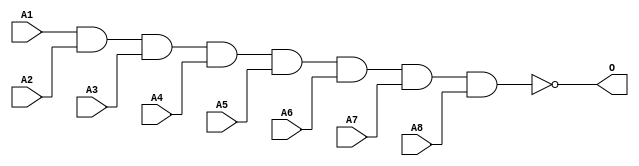
module MJNAND8C(A1, A2, A3, A4, A5, A6, A7, A8, O);
input   A1;
input   A2;
input   A3;
input   A4;
input   A5;
input   A6;
input   A7;
input   A8;
output  O;
nand g0(O, A1, A2, A3, A4, A5, A6, A7, A8);
endmodule